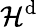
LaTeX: \mathcal{H}^{\mathrm{d}}